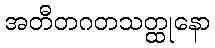
အတီတဂတသတ္ထုနော